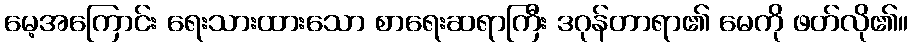
မေ့အကြောင်း ရေးသားထားသော စာရေးဆရာကြီး ဒဂုန်တာရာ၏ မေကို ဖတ်လို၏။